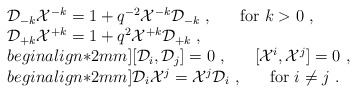
\begin{align*}\begin{array}{l}{\cal D}_{-k}{\cal X}^{-k}=1+q^{-2}{\cal X}^{-k}{\cal D}_{-k}~,~~~~~{\rm for}~k>0~,\\{\cal D}_{+k}{\cal X}^{+k}=1+q^{2}{\cal X}^{+k}{\cal D}_{+k}~,\\begin{align*}2mm][{\cal D}_i,{\cal D}_j]=0~,~~~~~[{\cal X}^i,{\cal X}^j]=0~,\\begin{align*}2mm]{\cal D}_i{\cal X}^j={\cal X}^j{\cal D}_i~,~~~~~{\rm for}~ i\not=j~.\end{array}\end{align*}